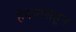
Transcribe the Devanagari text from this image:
हेपन्नासहून